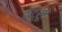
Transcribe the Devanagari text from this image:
श्ट्रूवे